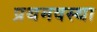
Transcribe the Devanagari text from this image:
प्रथमवस्था